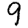
Digit: 9